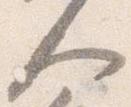
人